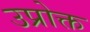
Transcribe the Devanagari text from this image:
उप्रोक्त